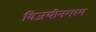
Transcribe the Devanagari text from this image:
विजयीनगरम